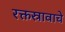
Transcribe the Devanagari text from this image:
रक्तस्रावाचे